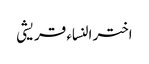
اختر النساء قریشی